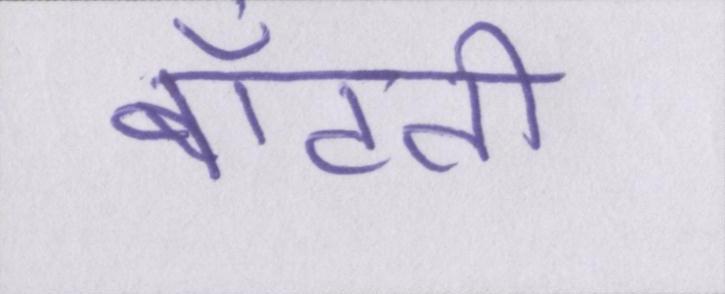
बाँटती